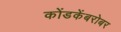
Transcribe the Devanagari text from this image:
कोंडकेंबरोबर